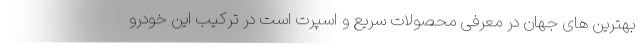
بهترین های جهان در معرفی محصولات سریع و اسپرت است در ترکیب این خودرو